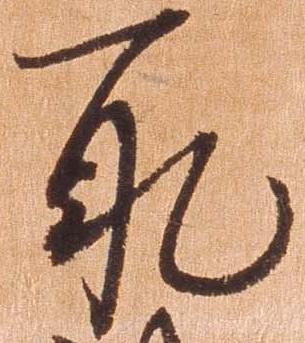
取